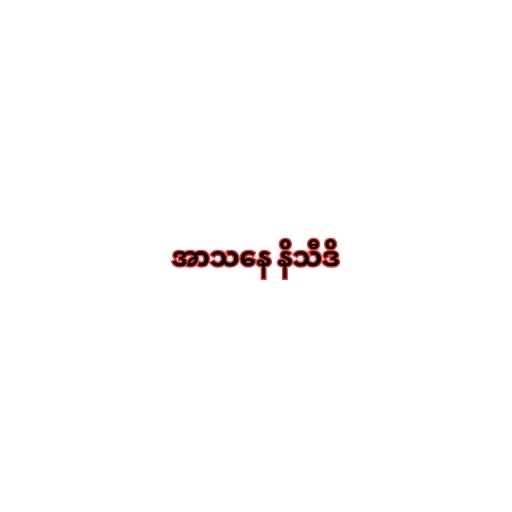
အာသနေ နိသီဒိ